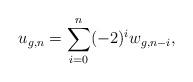
LaTeX: \begin{align*} u_{g,n}=\sum_{i=0}^n(-2)^iw_{g,n-i},\end{align*}